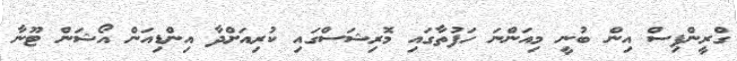
ގްރީންޕިސް އިން ބުނީ މިއަންނަ ހަފުތާގައި މޮރިޝަސްގައި ކުރިއަށްދާ އިންޑިއަން އޯޝަން ޓޫނާ